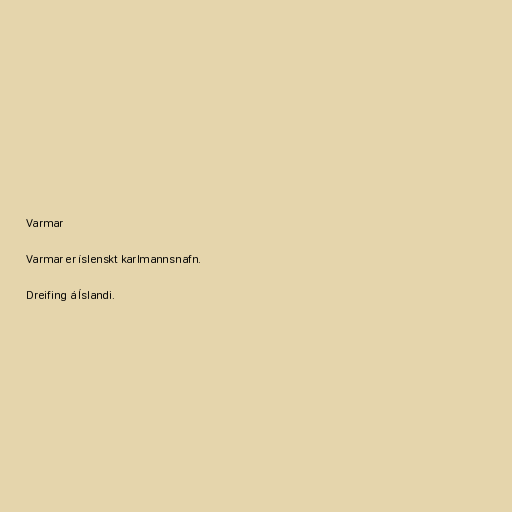
Varmar

Varmar er íslenskt karlmannsnafn.

Dreifing á Íslandi.